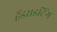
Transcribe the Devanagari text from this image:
हैंडराइटिंग